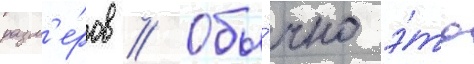
разм'е́ров // Обы́чно э́то